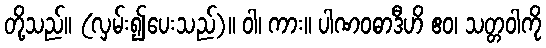
တို့သည်။ (လှမ်း၍ပေးသည်)။ ဝါ၊ ကား။ ပါဏဝဓာဒီဟိ ဧဝ၊ သတ္တဝါကို